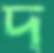
দ